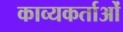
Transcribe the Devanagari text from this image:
काव्यकर्ताओं